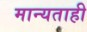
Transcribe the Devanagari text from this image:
मान्यताही